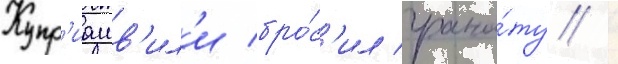
Купр'иашв'ил'и бро́с'ил грана́ту /